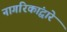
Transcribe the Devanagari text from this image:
नागरिकांद्वारे